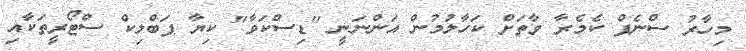
މިހާރު ސްނެޕް ކެމެރާ ވާތަށް ކަހާލުމުން އަންނަނީ "ޑިސްކަވާ" ކިޔާ ޕަބްލިކް ސްޓޯރީތަކާއި